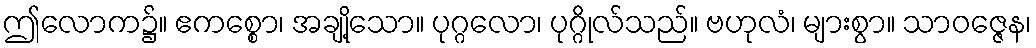
ဤလောက၌။ ဧကစ္စော၊ အချို့သော။ ပုဂ္ဂလော၊ ပုဂ္ဂိုလ်သည်။ ဗဟုလံ၊ များစွာ။ သာဝဇ္ဇေန၊